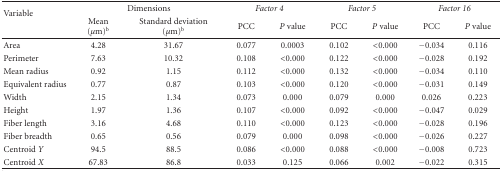
<table><thead><tr><td rowspan="2"><b>Variable</b></td><td colspan="2"><b>Dimensions</b></td><td colspan="2"><b><i>Factor 4</i></b></td><td colspan="2"><b><i>Factor 5</i></b></td><td colspan="2"><b><i>Factor 16</i></b></td></tr><tr><td><b>Mean(<i>μ</i>m)<sup>b</sup></b></td><td><b>Standard deviation(<i>μ</i>m)<sup>b</sup></b></td><td><b>PCC</b></td><td><b><i>P</i> value</b></td><td><b>PCC</b></td><td><b><i>P</i> value</b></td><td><b>PCC</b></td><td><b><i>P</i> value</b></td></tr></thead><tbody><tr><td>Area</td><td>4.28</td><td>31.67</td><td>0.077</td><td>0.0003</td><td>0.102</td><td>&lt;0.000</td><td>−0.034</td><td>0.116</td></tr><tr><td>Perimeter</td><td>7.63</td><td>10.32</td><td>0.108</td><td>&lt;0.000</td><td>0.122</td><td>&lt;0.000</td><td>−0.028</td><td>0.192</td></tr><tr><td>Mean radius</td><td>0.92</td><td>1.15</td><td>0.112</td><td>&lt;0.000</td><td>0.132</td><td>&lt;0.000</td><td>−0.034</td><td>0.110</td></tr><tr><td>Equivalent radius</td><td>0.77</td><td>0.87</td><td>0.103</td><td>&lt;0.000</td><td>0.120</td><td>&lt;0.000</td><td>−0.031</td><td>0.149</td></tr><tr><td>Width</td><td>2.15</td><td>1.34</td><td>0.073</td><td>0.000</td><td>0.079</td><td>0.000</td><td>0.026</td><td>0.223</td></tr><tr><td>Height</td><td>1.97</td><td>1.36</td><td>0.107</td><td>&lt;0.000</td><td>0.092</td><td>&lt;0.000</td><td>−0.047</td><td>0.029</td></tr><tr><td>Fiber length</td><td>3.16</td><td>4.68</td><td>0.110</td><td>&lt;0.000</td><td>0.123</td><td>&lt;0.000</td><td>−0.028</td><td>0.196</td></tr><tr><td>Fiber breadth</td><td>0.65</td><td>0.56</td><td>0.079</td><td>0.000</td><td>0.098</td><td>&lt;0.000</td><td>−0.026</td><td>0.227</td></tr><tr><td>Centroid <i>Y </i></td><td>94.5</td><td>88.5</td><td>0.086</td><td>&lt;0.000</td><td>0.088</td><td>&lt;0.000</td><td>−0.008</td><td>0.723</td></tr><tr><td>Centroid <i>X </i></td><td>67.83</td><td>86.8</td><td>0.033</td><td>0.125</td><td>0.066</td><td>0.002</td><td>−0.022</td><td>0.315</td></tr></tbody></table>